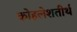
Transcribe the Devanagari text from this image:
कोहलेशतीर्थ